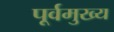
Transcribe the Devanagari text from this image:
पूर्वमुख्य